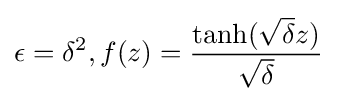
\epsilon =\delta ^{2},f(z)={\frac {\tanh({\sqrt {\delta }}z)}{\sqrt {\delta }}}